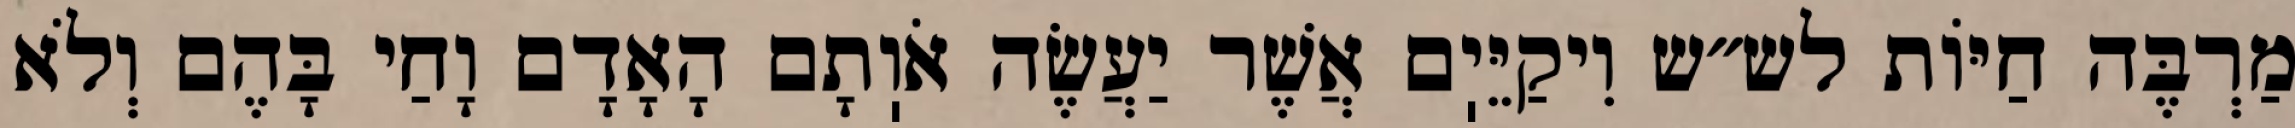
מַרְבֶּה חַיּוֹת לש״ש וִיקַיֵּיֽם אֲשֶׁר יַעֲשֶׂה אֹוֽתָם הָאָדָם וָחַי בָּהֶם וְלֹא